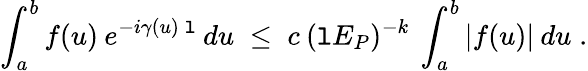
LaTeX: \int_{a}^{b}f(u)\: e^{-i\gamma(u)\: \mathtt{l}}\: du\; \leq\; c\: (\mathtt{l}E_{P})^{-k}\: \int_{a}^{b}|f(u)|\: du\; .